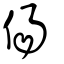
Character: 偒